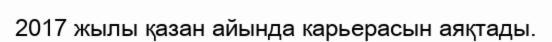
2017 жылы қазан айында карьерасын аяқтады.